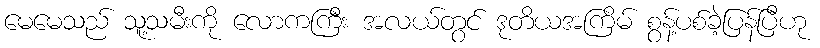
မေမေသည် သူ့သမီးကို လောကကြီး အလယ်တွင် ဒုတိယအကြိမ် စွန့်ပစ်ခဲ့ပြန်ပြီဟု